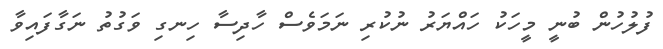
ފުލުހުން ބުނީ މީހަކު ހައްޔަރު ނުކުރި ނަމަވެސް ހާދިސާ ހިނގި ވަގުތު ނަގާފައިވާ